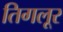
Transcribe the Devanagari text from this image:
तिगलूर